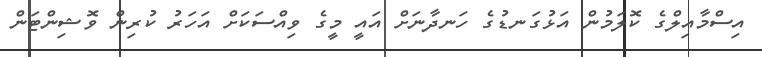
އިސްމާއިލްގެ ކޮލަމުން އަޅުގަނޑުގެ ހަނދާނަށް އައީ މީގެ ވިއްސަކަށް އަހަރު ކުރިން ވޮޝިންޓަން